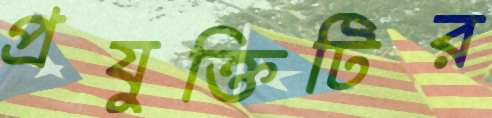
প্রযুক্তিটির